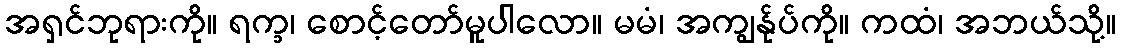
အရှင်ဘုရားကို။ ရက္ခ၊ စောင့်တော်မူပါလော။ မမံ၊ အကျွန်ုပ်ကို။ ကထံ၊ အဘယ်သို့။